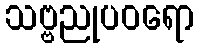
သဗ္ဗညုပဝရော